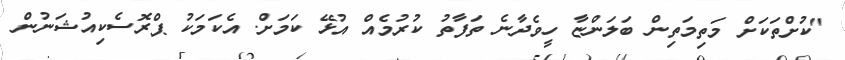
"ކުށްތަކަށް މަތިމަތިން ބަލަންޏާ ހީވެދާނެ ތަފާތު ކުރުމެއް އުޅޭ ކަމަށް. އެކަމަކު ޕްރޮސެކިއުޝަނުން